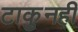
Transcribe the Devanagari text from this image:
टाकुनही